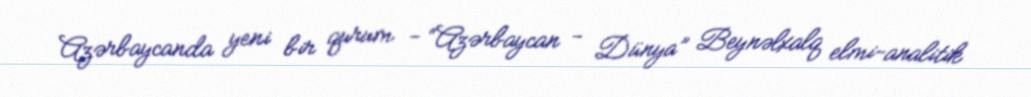
Azərbaycanda yeni bir qurum - “Azərbaycan - Dünya” Beynəlxalq elmi-analitik